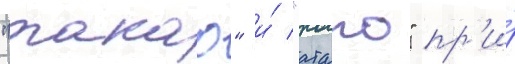
"такао" и́ "атаго" пр'и́